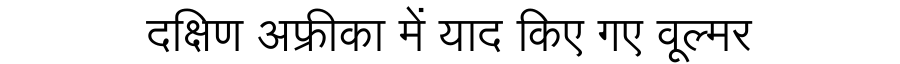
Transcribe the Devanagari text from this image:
दक्षिण अफ्रीका में याद किए गए वूल्मर